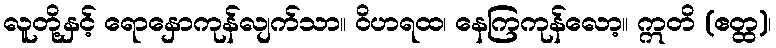
လူတို့နှင့် ရောနှောကုန်လျက်သာ။ ဝိဟရထ၊ နေကြကုန်လော့။ ဣတိ (ဧတ္ထ)၊